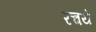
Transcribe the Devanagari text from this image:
रचये